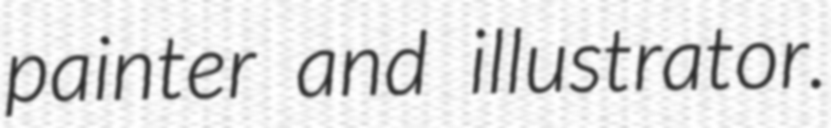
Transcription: painter and illustrator.